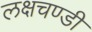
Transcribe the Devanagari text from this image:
लक्षचण्डी